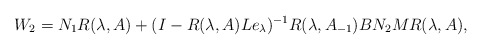
\begin{align*} W_2=N_1R(\lambda,A)+(I-R(\lambda,A)Le_\lambda)^{-1}R(\lambda,A_{-1})BN_2MR(\lambda,A),\end{align*}